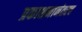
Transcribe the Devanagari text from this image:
प्रकाशनानंतरच